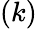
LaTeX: (k)